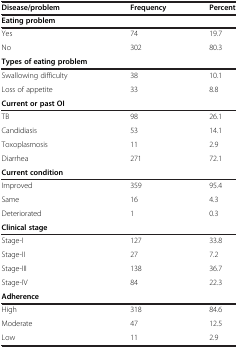
| Disease/problem | Frequency | Percent |
 | --- | --- | --- |
 | Eating problem |  |  |
 | Yes | 74 | 19.7 |
 | No | 302 | 80.3 |
 | Types of eating problem |  |  |
 | Swallowing difficulty | 38 | 10.1 |
 | Loss of appetite | 33 | 8.8 |
 | Current or past OI |  |  |
 | TB | 98 | 26.1 |
 | Candidiasis | 53 | 14.1 |
 | Toxoplasmosis | 11 | 2.9 |
 | Diarrhea | 271 | 72.1 |
 | Current condition |  |  |
 | Improved | 359 | 95.4 |
 | Same | 16 | 4.3 |
 | Deteriorated | 1 | 0.3 |
 | Clinical stage |  |  |
 | Stage-I | 127 | 33.8 |
 | Stage-II | 27 | 7.2 |
 | Stage-III | 138 | 36.7 |
 | Stage-IV | 84 | 22.3 |
 | Adherence |  |  |
 | High | 318 | 84.6 |
 | Moderate | 47 | 12.5 |
 | Low | 11 | 2.9 |